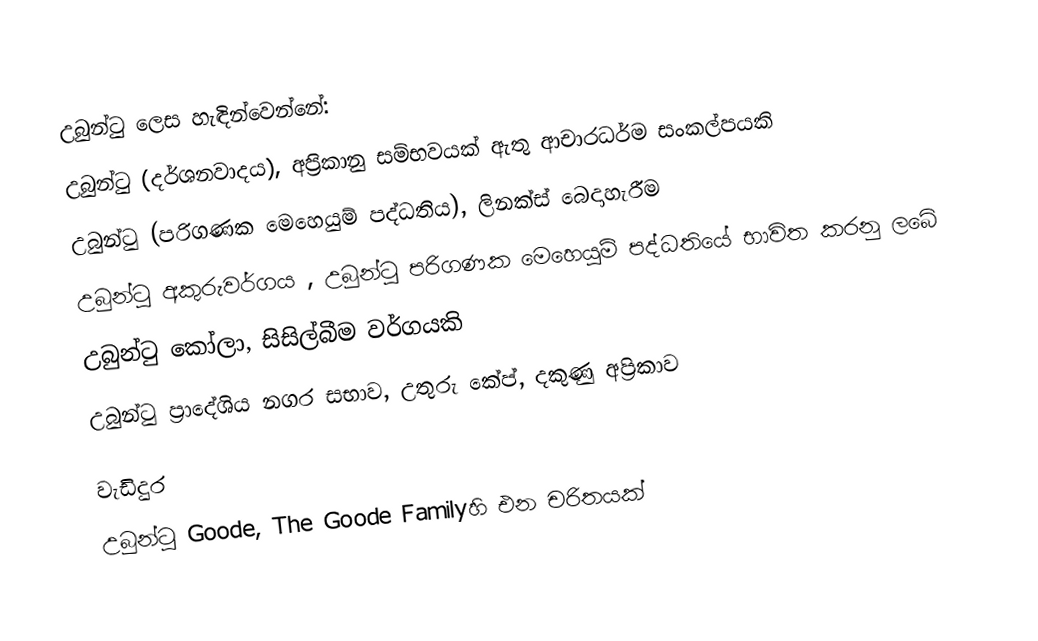
උබුන්ටු ලෙස හැඳින්වෙන්නේ:
 උබුන්ටු (දර්ශනවාදය), අප්‍රිකානු සම්භවයක් ඇතු ආචාරධර්ම සංකල්පයකි
 උබුන්ටු (පරිගණක මෙහෙයුම් පද්ධතිය), ලිනක්ස් බෙදාහැරීම
 උබුන්ටු අකුරුවර්ගය , උබුන්ටු පරිගණක මෙහෙයුම් පද්ධතියේ භාවිත කරනු ලබේ
 උබුන්ටු කෝලා, සිසිල්බීම වර්ගයකි
 උබුන්ටු ප්‍රාදේශිය නගර සභාව, උතුරු කේප්, දකුණු අප්‍රිකාව

වැඩිදුර
 උබුන්ටු Goode, The Goode Familyහි එන චරිතයක්